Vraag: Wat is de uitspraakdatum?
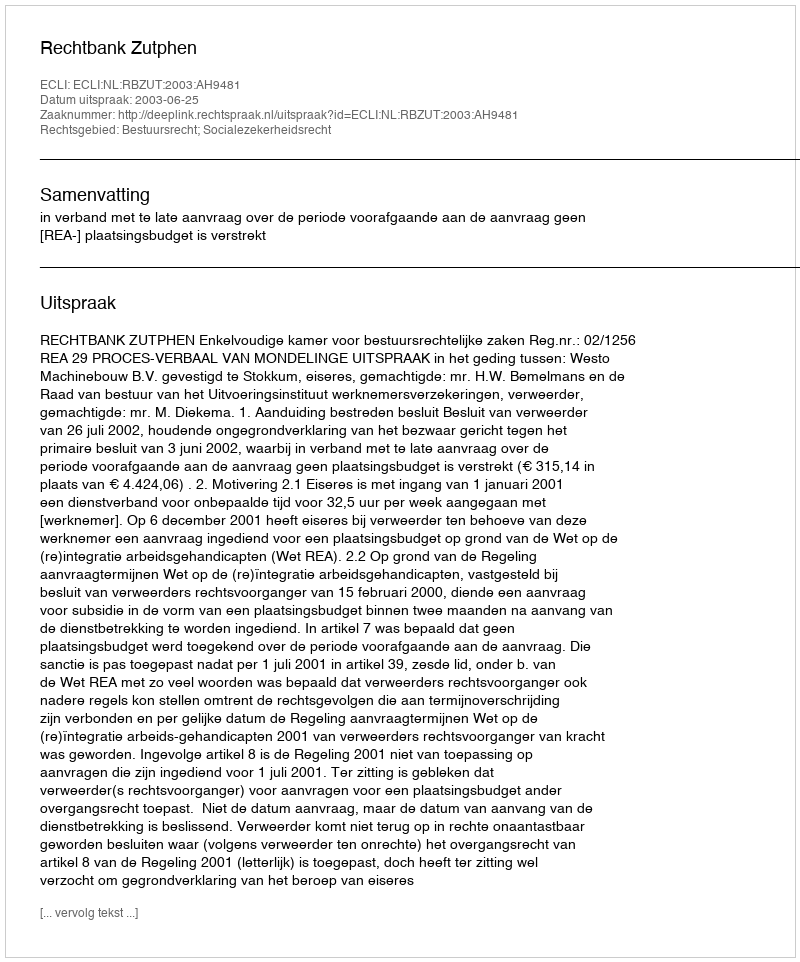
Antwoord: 2003-06-25